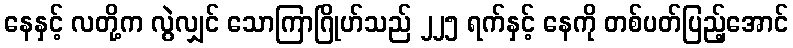
နေနှင့် လတို့က လွဲလျှင် သောကြာဂြိုဟ်သည် ၂၂၅ ရက်နှင့် နေကို တစ်ပတ်ပြည့်အောင်